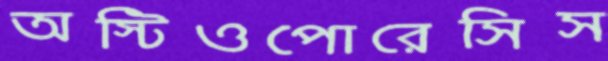
অস্টিওপোরেসিস